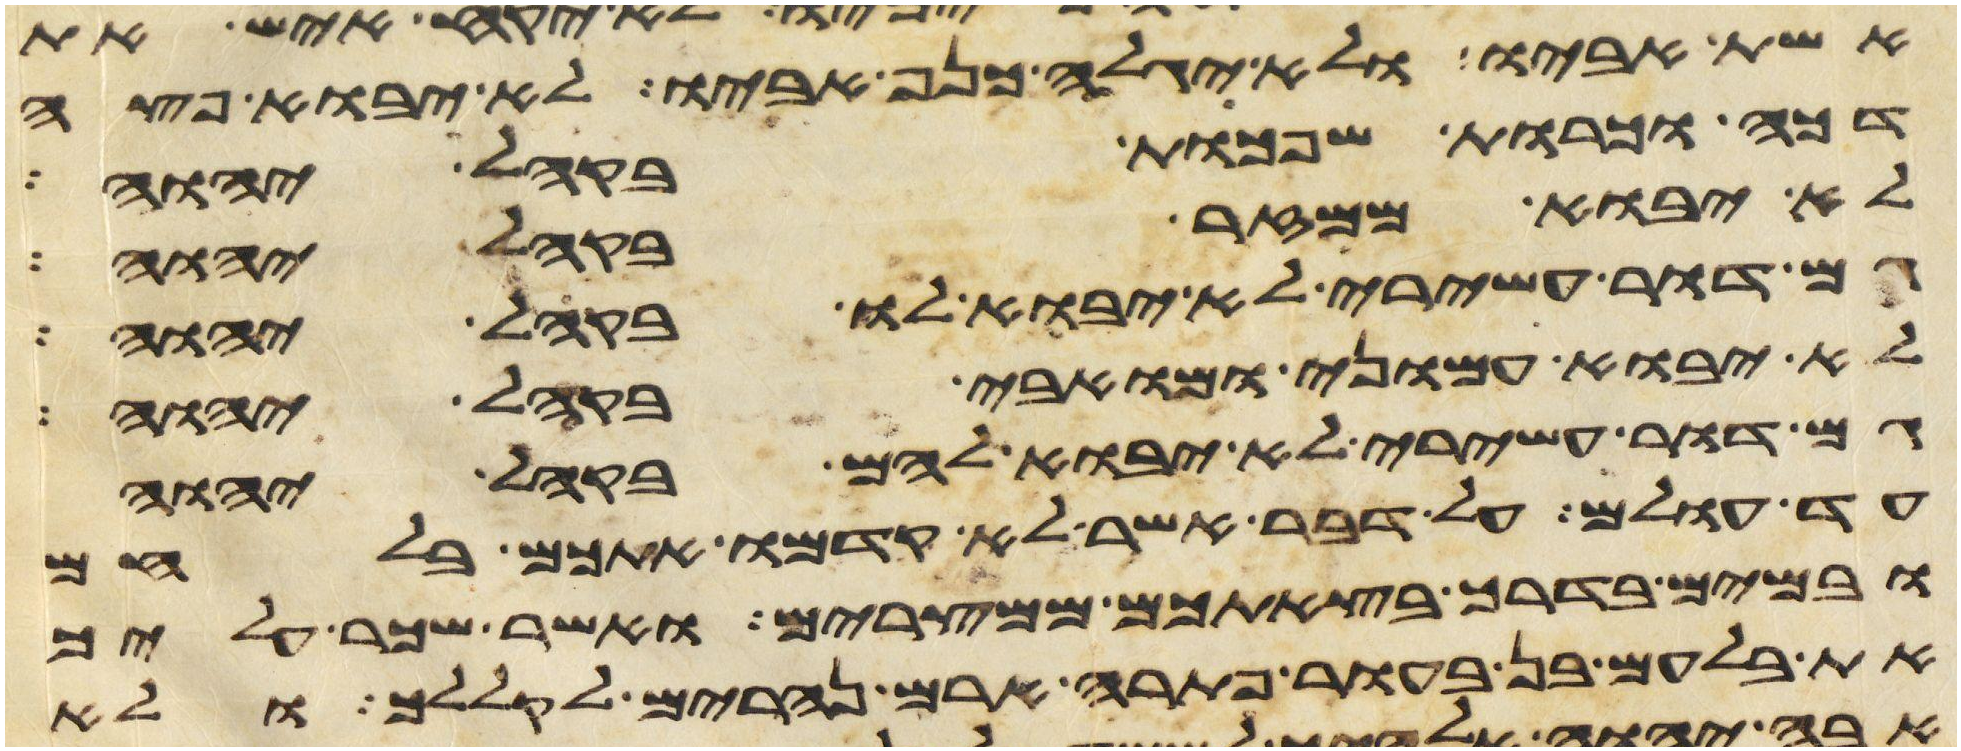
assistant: אשת אביו ולא יגלה כנף אביו לא יבוא פצע
דכה וכרות שפכת בקהל יהוה
לא יבוא ממזר בקהל יהוה
גם דור עשירי לא יבוא לו בקהל יהוה
לא יבוא עמוני ומואבי בקהל יהוה
גם דור עשירי לא יבוא להם בקהל יהוה
עד עולם על דבר אשר לא קדמו אתכם בלחם
ובמים בדרך בצאתכם ממצרים ואשר שכר עליך
את בלעם בן בעור פתרה ארם נהרים לקללך ולא